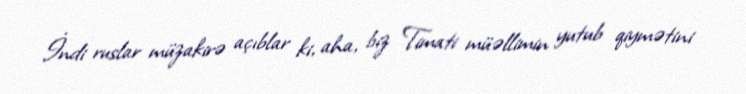
İndi ruslar müzakirə açıblar ki, aha, biz Timati müəllimin yutub qiymətini